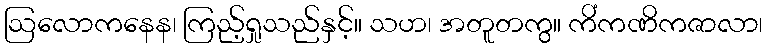
ဩလောကနေန၊ ကြည့်ရှုသည်နှင့်။ သဟ၊ အတူတကွ။ ကိံကဏိကဇာလာ၊